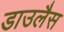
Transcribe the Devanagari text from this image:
डाउलैस